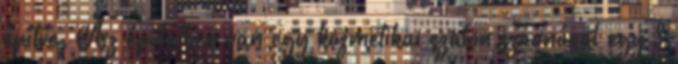
építve. Az épületben van egy kozmetikai szalon,szaunával egy 3